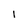
Character: 1